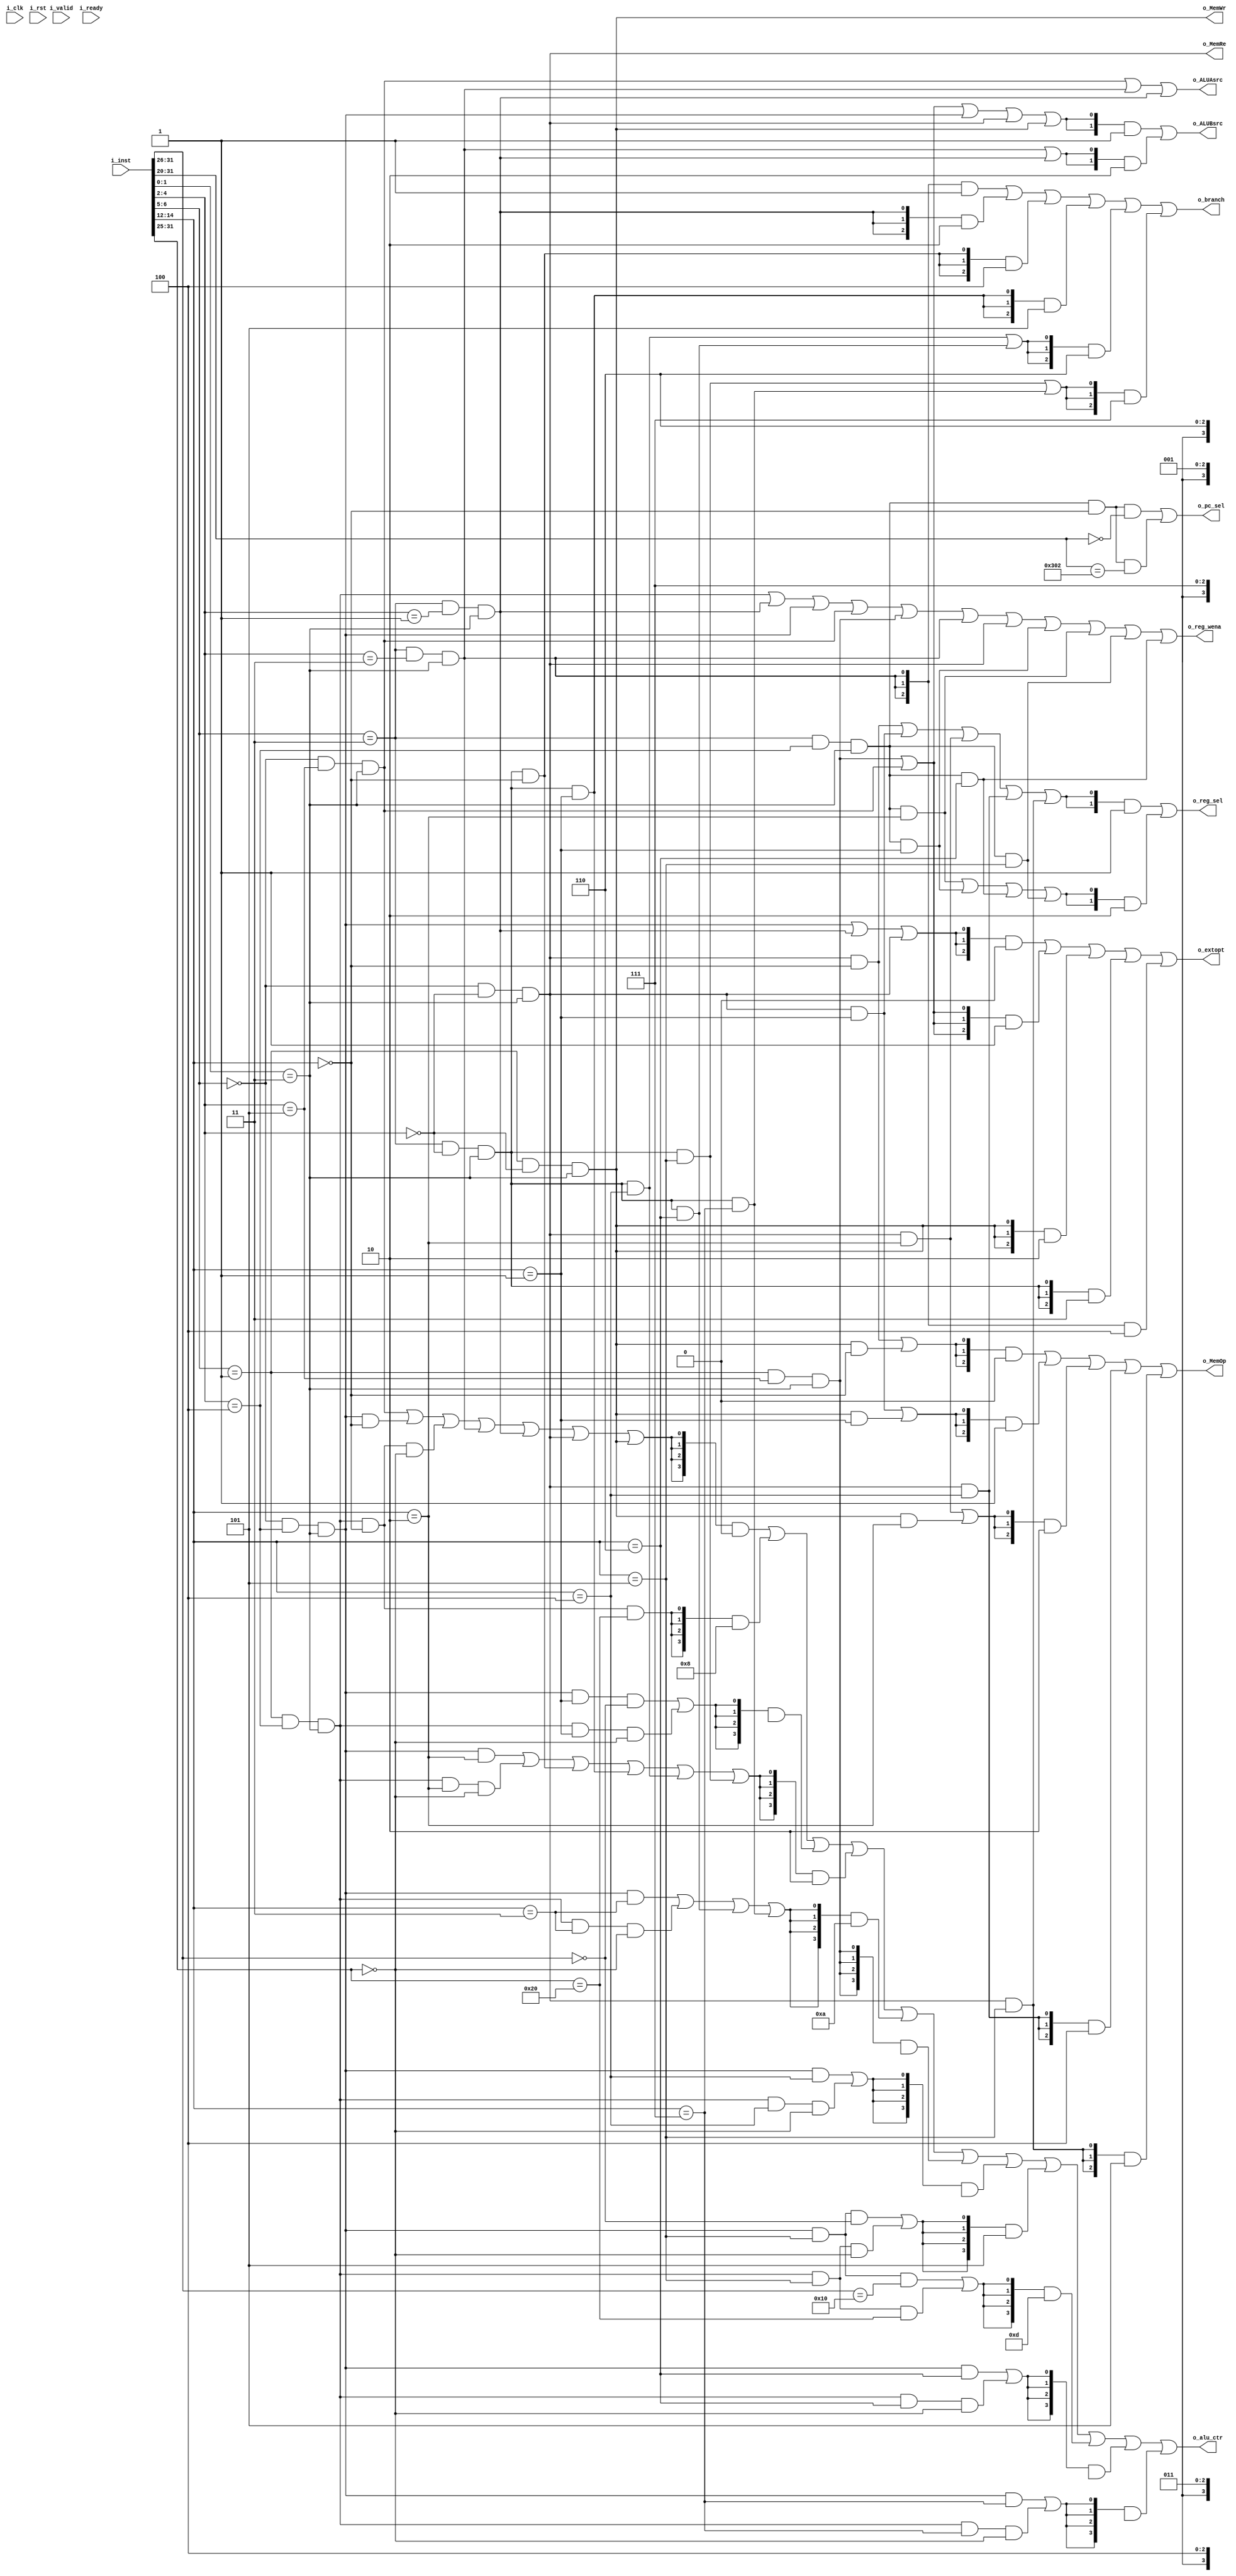
module ContrGen(
	// for idu performance count
	input             i_clk,
	input             i_rst,
	input             i_valid,
	input             i_ready,

	//from ifu
	input      [31:0] i_inst,
	//to ImmGen
	output     [ 2:0] o_extopt,
	//to regfile_in_mux
	output     [ 1:0] o_reg_sel,
	//to  reg_file
	output            o_reg_wena,
	//to DataMem
	output            o_MemWr,
	output     [ 2:0] o_MemOp,
	output            o_MemRe,
	//to pc_in_mux
	output            o_pc_sel,
	//to Branch
	output     [ 2:0] o_branch,

	//to alu_in_mux
	output            o_ALUAsrc,
	output     [ 1:0] o_ALUBsrc,
	//to alu
	output     [ 3:0] o_alu_ctr
);

	
	wire[ 6:0]  opcode      = i_inst[ 6: 0];
	wire [2:0]  rv32_func3  = i_inst[14:12];
	wire [6:0]  rv32_func7  = i_inst[31:25];

	wire opcode_1_0_00  = (opcode[1:0] == 2'b00);
  	wire opcode_1_0_01  = (opcode[1:0] == 2'b01);
 	wire opcode_1_0_10  = (opcode[1:0] == 2'b10);
  	wire opcode_1_0_11  = (opcode[1:0] == 2'b11);

	// We generate the signals and reused them as much as possible to save gatecounts
	wire opcode_4_2_000 = (opcode[4:2] == 3'b000);
	wire opcode_4_2_001 = (opcode[4:2] == 3'b001);
	wire opcode_4_2_010 = (opcode[4:2] == 3'b010);
	wire opcode_4_2_011 = (opcode[4:2] == 3'b011);
	wire opcode_4_2_100 = (opcode[4:2] == 3'b100);
	wire opcode_4_2_101 = (opcode[4:2] == 3'b101);
	wire opcode_4_2_110 = (opcode[4:2] == 3'b110);
	wire opcode_4_2_111 = (opcode[4:2] == 3'b111);
	wire opcode_6_5_00  = (opcode[6:5] == 2'b00);
	wire opcode_6_5_01  = (opcode[6:5] == 2'b01);
	wire opcode_6_5_10  = (opcode[6:5] == 2'b10);
	wire opcode_6_5_11  = (opcode[6:5] == 2'b11);
  
	wire rv32_func3_000 = (rv32_func3 == 3'b000);
	wire rv32_func3_001 = (rv32_func3 == 3'b001);
	wire rv32_func3_010 = (rv32_func3 == 3'b010);
	wire rv32_func3_011 = (rv32_func3 == 3'b011);
	wire rv32_func3_100 = (rv32_func3 == 3'b100);
	wire rv32_func3_101 = (rv32_func3 == 3'b101);
	wire rv32_func3_110 = (rv32_func3 == 3'b110);
	wire rv32_func3_111 = (rv32_func3 == 3'b111);
  
  
	wire rv32_func7_0000000 = (rv32_func7 == 7'b0000000);
	wire rv32_func7_0100000 = (rv32_func7 == 7'b0100000);
	wire rv32_func7_0000001 = (rv32_func7 == 7'b0000001);
	wire rv32_func7_0000101 = (rv32_func7 == 7'b0000101);
	wire rv32_func7_0001001 = (rv32_func7 == 7'b0001001);
	wire rv32_func7_0001101 = (rv32_func7 == 7'b0001101);
	wire rv32_func7_0010101 = (rv32_func7 == 7'b0010101);
	wire rv32_func7_0100001 = (rv32_func7 == 7'b0100001);
	wire rv32_func7_0010001 = (rv32_func7 == 7'b0010001);
	wire rv32_func7_0101101 = (rv32_func7 == 7'b0101101);
	wire rv32_func7_1111111 = (rv32_func7 == 7'b1111111);
	wire rv32_func7_0000100 = (rv32_func7 == 7'b0000100); 
	wire rv32_func7_0001000 = (rv32_func7 == 7'b0001000); 
	wire rv32_func7_0001100 = (rv32_func7 == 7'b0001100); 
	wire rv32_func7_0101100 = (rv32_func7 == 7'b0101100); 
	wire rv32_func7_0010000 = (rv32_func7 == 7'b0010000); 
	wire rv32_func7_0010100 = (rv32_func7 == 7'b0010100); 
	wire rv32_func7_1100000 = (rv32_func7 == 7'b1100000); 
	wire rv32_func7_1110000 = (rv32_func7 == 7'b1110000); 
	wire rv32_func7_1010000 = (rv32_func7 == 7'b1010000); 
	wire rv32_func7_1101000 = (rv32_func7 == 7'b1101000); 
	wire rv32_func7_1111000 = (rv32_func7 == 7'b1111000); 
	wire rv32_func7_1010001 = (rv32_func7 == 7'b1010001);  
	wire rv32_func7_1110001 = (rv32_func7 == 7'b1110001);  
	wire rv32_func7_1100001 = (rv32_func7 == 7'b1100001);  
	wire rv32_func7_1101001 = (rv32_func7 == 7'b1101001);  
	
	//R
  	wire rv32_op       = opcode_6_5_01 & opcode_4_2_100 & opcode_1_0_11;
	//I
	wire rv32_jalr     = opcode_6_5_11 & opcode_4_2_001 & opcode_1_0_11;
	wire rv32_load     = opcode_6_5_00 & opcode_4_2_000 & opcode_1_0_11; 
	wire rv32_op_imm   = opcode_6_5_00 & opcode_4_2_100 & opcode_1_0_11;
	wire rv32_system   = opcode_6_5_11 & opcode_4_2_100 & opcode_1_0_11;
	//S
	wire rv32_store    = opcode_6_5_01 & opcode_4_2_000 & opcode_1_0_11; 
	//B
	wire rv32_branch   = opcode_6_5_11 & opcode_4_2_000 & opcode_1_0_11; 
	//U 
	wire rv32_auipc    = opcode_6_5_00 & opcode_4_2_101 & opcode_1_0_11; 
	wire rv32_lui      = opcode_6_5_01 & opcode_4_2_101 & opcode_1_0_11;
	//J
	wire rv32_jal      = opcode_6_5_11 & opcode_4_2_011 & opcode_1_0_11; 

	

	// ===========================================================================
  	// Branch Instructions
	wire rv32_beq      = rv32_branch & rv32_func3_000;
	wire rv32_bne      = rv32_branch & rv32_func3_001;
	wire rv32_blt      = rv32_branch & rv32_func3_100;
	wire rv32_bge      = rv32_branch & rv32_func3_101;
	wire rv32_bltu     = rv32_branch & rv32_func3_110;
	wire rv32_bgeu     = rv32_branch & rv32_func3_111;

	 // ===========================================================================
  	// ALU Instructions
	wire rv32_addi     = rv32_op_imm & rv32_func3_000;
	wire rv32_slti     = rv32_op_imm & rv32_func3_010;
	wire rv32_sltiu    = rv32_op_imm & rv32_func3_011;
	wire rv32_xori     = rv32_op_imm & rv32_func3_100;
	wire rv32_ori      = rv32_op_imm & rv32_func3_110;
	wire rv32_andi     = rv32_op_imm & rv32_func3_111;
  
	wire rv32_slli     = rv32_op_imm & rv32_func3_001 & (i_inst[31:26] == 6'b000000);
	wire rv32_srli     = rv32_op_imm & rv32_func3_101 & (i_inst[31:26] == 6'b000000);
	wire rv32_srai     = rv32_op_imm & rv32_func3_101 & (i_inst[31:26] == 6'b010000);
  
	wire rv32_add      = rv32_op     & rv32_func3_000 & rv32_func7_0000000;
	wire rv32_sub      = rv32_op     & rv32_func3_000 & rv32_func7_0100000;
	wire rv32_sll      = rv32_op     & rv32_func3_001 & rv32_func7_0000000;
	wire rv32_slt      = rv32_op     & rv32_func3_010 & rv32_func7_0000000;
	wire rv32_sltu     = rv32_op     & rv32_func3_011 & rv32_func7_0000000;
	wire rv32_xor      = rv32_op     & rv32_func3_100 & rv32_func7_0000000;
	wire rv32_srl      = rv32_op     & rv32_func3_101 & rv32_func7_0000000;
	wire rv32_sra      = rv32_op     & rv32_func3_101 & rv32_func7_0100000;
	wire rv32_or       = rv32_op     & rv32_func3_110 & rv32_func7_0000000;
	wire rv32_and      = rv32_op     & rv32_func3_111 & rv32_func7_0000000;

	
  
 	// ===========================================================================
    // Load/Store Instructions
	wire rv32_lb       = rv32_load   & rv32_func3_000;
	wire rv32_lh       = rv32_load   & rv32_func3_001;
	wire rv32_lw       = rv32_load   & rv32_func3_010;
	wire rv32_lbu      = rv32_load   & rv32_func3_100;
	wire rv32_lhu      = rv32_load   & rv32_func3_101;
  
	wire rv32_sb       = rv32_store  & rv32_func3_000;
	wire rv32_sh       = rv32_store  & rv32_func3_001;
	wire rv32_sw       = rv32_store  & rv32_func3_010;


	wire rv32_imm_sel_i = rv32_op_imm | rv32_jalr | rv32_load;
	wire rv32_imm_sel_u = rv32_lui | rv32_auipc;
	wire rv32_imm_sel_s = rv32_store;
	wire rv32_imm_sel_b = rv32_branch;
	wire rv32_imm_sel_j = rv32_jal;
	// ===========================================================================
 	// System Instructions
	wire rv32_ebreak   = rv32_system & rv32_func3_000 & (i_inst[31:20] == 12'b0000_0000_0001);
	wire rv32_ecall    = rv32_system & rv32_func3_000 & (i_inst[31:20] == 12'b0000_0000_0000);
    wire rv32_mret     = rv32_system & rv32_func3_000 & (i_inst[31:20] == 12'b0011_0000_0010);
	wire rv32_csrrw    = rv32_system & rv32_func3_001; 
    wire rv32_csrrs    = rv32_system & rv32_func3_010;
    wire rv32_csrrwi   = rv32_system & rv32_func3_101; 
    wire rv32_csrrsi   = rv32_system & rv32_func3_110; 
	// ===========================================================================
	//for ImmGen
	assign o_extopt = 
          {3{rv32_imm_sel_i}} & 3'b000
        | {3{rv32_imm_sel_u}} & 3'b001
        | {3{rv32_imm_sel_s}} & 3'b010
        | {3{rv32_imm_sel_b}} & 3'b011
        | {3{rv32_imm_sel_j}} & 3'b100;
	// ===========================================================================
	//for alu_in_mux
	assign o_ALUAsrc = 
		  rv32_auipc 
		| rv32_jal 
		| rv32_jalr;

	assign o_ALUBsrc = 
		  {2{rv32_lui | rv32_auipc  | rv32_op_imm | rv32_load | rv32_store}}  & 2'b01
		| {2{rv32_jal | rv32_jalr}} & 2'b10;
	// ===========================================================================
	//for alu
	assign o_alu_ctr = 
		  {4{rv32_auipc | rv32_addi  | rv32_add | rv32_jal | rv32_jalr | rv32_load  | rv32_store}} & 4'b0000
		| {4{rv32_sub}} & 4'b1000
		| {4{rv32_slli  | rv32_sll}} & 4'bX001
		| {4{rv32_slti  | rv32_slt   |rv32_beq  | rv32_bne | rv32_blt  | rv32_bge}} & 4'b0010
		| {4{rv32_sltiu | rv32_sltu  | rv32_bltu| rv32_bgeu}}          & 4'b1010
		| {4{rv32_lui}} & 4'bx011
		| {4{rv32_xori  | rv32_xor}} & 4'bx100
		| {4{rv32_srli  | rv32_srl}} & 4'b0101
		| {4{rv32_srai  | rv32_sra}} & 4'b1101
		| {4{rv32_ori   | rv32_or }} & 4'bx110
		| {4{rv32_andi  | rv32_and}} & 4'bx111;
	// ===========================================================================
	//for BranchCond
	assign o_branch = 
		  {3{rv32_jal            }} & 3'b001
		| {3{rv32_jalr           }} & 3'b010
		| {3{rv32_beq            }} & 3'b100
		| {3{rv32_bne            }} & 3'b101
		| {3{rv32_blt | rv32_bltu}} & 3'b110
		| {3{rv32_bge | rv32_bgeu}} & 3'b111;
	// ===========================================================================
	//for pc_im_mux
	assign o_pc_sel = rv32_ecall | rv32_mret;
	// ===========================================================================
	//for DataMem
	assign o_MemOp = 
	      {3{rv32_lb | rv32_sb}} & 3'b000
		| {3{rv32_lh | rv32_sh}} & 3'b001
		| {3{rv32_lw | rv32_sw}} & 3'b010
		| {3{rv32_lbu         }} & 3'b100
		| {3{rv32_lhu         }} & 3'b101;

	assign o_MemWr = rv32_store;
	assign o_MemRe = rv32_load;
	// ===========================================================================
	//for regfile_in_mux
	assign o_reg_sel = 
		  {2{rv32_lb    | rv32_lh    | rv32_lw     | rv32_lbu   | rv32_lhu}} & 2'b01
		| {2{rv32_csrrs | rv32_csrrw | rv32_csrrsi | rv32_csrrwi          }} & 2'b10;
	// ===========================================================================
	//for regfile
	assign o_reg_wena   = 
		  rv32_op 
		| rv32_jalr 
		| rv32_op_imm 
		| rv32_auipc 
		| rv32_lui 
		| rv32_jal 
		| rv32_load 
		| rv32_csrrw 
		| rv32_csrrs 
		| rv32_csrrwi 
		| rv32_csrrsi;

	// ===========================================================================
	//for invalid_inst
	`ifdef SIMULATION
	import "DPI-C" function void INVALID_INST(input int thispc);
	`endif
	// ===========================================================================
	//for ebreak
	`ifdef SIMULATION
	import "DPI-C" function void CHECK_FINISH(input ebreak);
	always@(posedge i_clk)begin 
		CHECK_FINISH(rv32_ebreak);
	end
	`endif
	// ===========================================================================
	//for performance
	`ifdef SIMULATION
	`ifdef CONFIG_PERF
	import "DPI-C" function void PREF_COUNT(input int ev);
	wire rv32_env  = rv32_ebreak | rv32_ecall;
	wire rv32_csr  = rv32_csrrw | rv32_csrrs | rv32_csrrwi | rv32_csrrsi;
	always@(posedge i_clk) begin
		if(~i_rst ) begin
			if(i_valid & i_ready) begin
				if(rv32_op | rv32_op_imm | rv32_lui | rv32_auipc) begin
					PREF_COUNT(`INT_OPE_INS);
				end
	
				if(rv32_load) begin
					PREF_COUNT(`LOAD_INS);
				end
	
				if(rv32_store) begin
					PREF_COUNT(`STORE_INS);
				end
	
				if(rv32_jal | rv32_jalr | rv32_branch) begin
					PREF_COUNT(`CONT_TRANS_INS);
				end
	
				if(rv32_env) begin
					PREF_COUNT(`ENV_CALL_BREAK_INS);
				end
	
				if(rv32_csr) begin
					PREF_COUNT(`CSR_INS);
				end
	
				if(rv32_mret) begin
					PREF_COUNT(`TRA_RET);
				end
			end
			else begin
				PREF_COUNT(`IDU_NOT_WORK);
			end
		end			
	end
	`endif
	`endif
endmodule